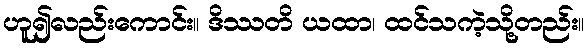
ဟူ၍လည်းကောင်း။ ဒိဿတိ ယထာ၊ ထင်သကဲ့သို့တည်း။